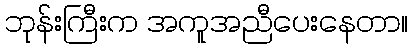
ဘုန်းကြီးက အကူအညီပေးနေတာ။